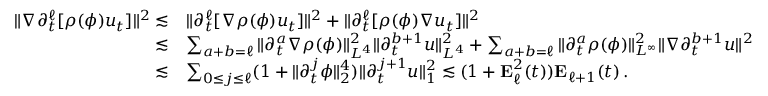
\begin{array} { r l } { \| \nabla \partial _ { t } ^ { \ell } [ \rho ( \phi ) u _ { t } ] \| ^ { 2 } \lesssim } & { \| \partial _ { t } ^ { \ell } [ \nabla \rho ( \phi ) u _ { t } ] \| ^ { 2 } + \| \partial _ { t } ^ { \ell } [ \rho ( \phi ) \nabla u _ { t } ] \| ^ { 2 } } \\ { \lesssim } & { \sum _ { a + b = \ell } \| \partial _ { t } ^ { a } \nabla \rho ( \phi ) \| _ { L ^ { 4 } } ^ { 2 } \| \partial _ { t } ^ { b + 1 } u \| _ { L ^ { 4 } } ^ { 2 } + \sum _ { a + b = \ell } \| \partial _ { t } ^ { a } \rho ( \phi ) \| _ { L ^ { \infty } } ^ { 2 } \| \nabla \partial _ { t } ^ { b + 1 } u \| ^ { 2 } } \\ { \lesssim } & { \sum _ { 0 \leq j \leq \ell } ( 1 + \| \partial _ { t } ^ { j } \phi \| _ { 2 } ^ { 4 } ) \| \partial _ { t } ^ { j + 1 } u \| _ { 1 } ^ { 2 } \lesssim ( 1 + \mathbf { E } _ { \ell } ^ { 2 } ( t ) ) \mathbf { E } _ { \ell + 1 } ( t ) \, . } \end{array}